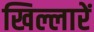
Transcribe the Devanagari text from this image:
खिल्लारें